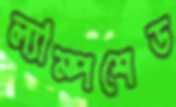
ল্যাম্পশেড